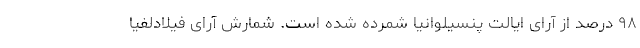
۹۸ درصد از آرای ایالت پنسیلوانیا شمرده شده است. شمارش آرای فیلادلفیا